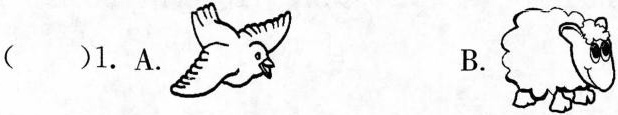
( )1.A. B.